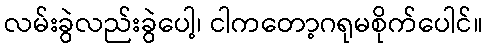
လမ်းခွဲလည်းခွဲပေါ့၊ ငါကတော့ဂရုမစိုက်ပေါင်။